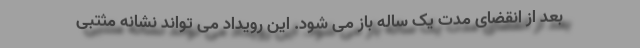
بعد از انقضای مدت یک ساله باز می شود. این رویداد می تواند نشانه مثتبی